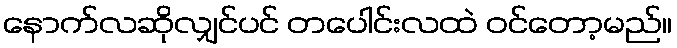
နောက်လဆိုလျှင်ပင် တပေါင်းလထဲ ဝင်တော့မည်။